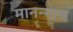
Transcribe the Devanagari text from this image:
मानन्गाथ